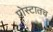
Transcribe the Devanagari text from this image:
पोस्टातच